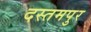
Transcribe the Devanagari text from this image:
दस्तमपुर